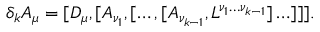
\delta _ { k } A _ { \mu } = [ D _ { \mu } , [ A _ { \nu _ { 1 } } , [ \ldots , [ A _ { \nu _ { k - 1 } } , L ^ { \nu _ { 1 } \ldots \nu _ { k - 1 } } ] \ldots ] ] ] .